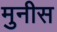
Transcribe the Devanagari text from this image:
मुनीस